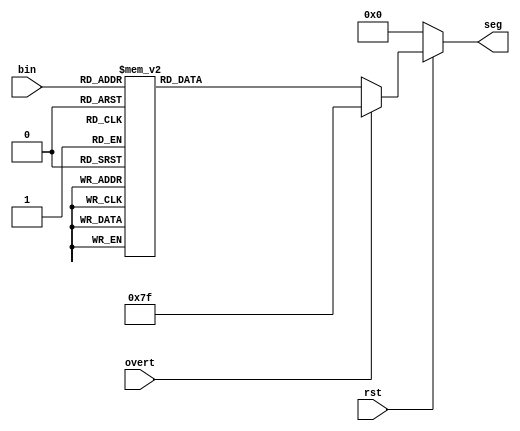
`timescale 1ns / 1ps
module segament_selection_signal(
        input rst,
        input overt,
        input [3:0] bin,//
        output reg [7:0] seg //
        );
        
        always @ (*)
            begin
                // 
                if(~rst)
                    seg = 8'b0000_0000;
                // 48
                else if(overt == 1)
                    seg = 8'b0111_1111;
                // 
                else 
                    begin
                        case(bin)
                            4'b0000:seg = 8'b0011_1111; //0
                            4'b0001:seg = 8'b0000_0110; //1
                            4'b0010:seg = 8'b0101_1011; //2
                            4'b0011:seg = 8'b0100_1111; //3
                            4'b0100:seg = 8'b0110_0110; //4
                            4'b0101:seg = 8'b0110_1101; //5
                            4'b0110:seg = 8'b0111_1101; //6
                            4'b0111:seg = 8'b0000_0111; //7
                            4'b1000:seg = 8'b0111_1111; //8
                            4'b1001:seg = 8'b0110_1111; //9
                            default:seg = 8'b0000_0000;
                        endcase
                    end
               end
endmodule